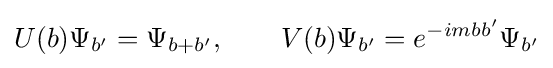
U(b)\Psi _{b'}=\Psi _{b+b'},\qquad V(b)\Psi _{b'}=e^{-imbb'}\Psi _{b'}